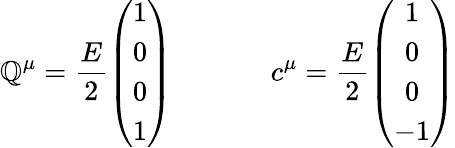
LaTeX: \mathbb{Q}^{\mu}=\frac{{E}}{{2}}\left(\begin{array}{c}{{1}}\\ {{0}}\\ {{0}}\\ {{1}}\end{array}\right)~~~~~~~~~~~~~~c^{\mu}=\frac{{E}}{{2}}\left(\begin{array}{c}{{1}}\\ {{0}}\\ {{0}}\\ {{-1}}\end{array}\right)